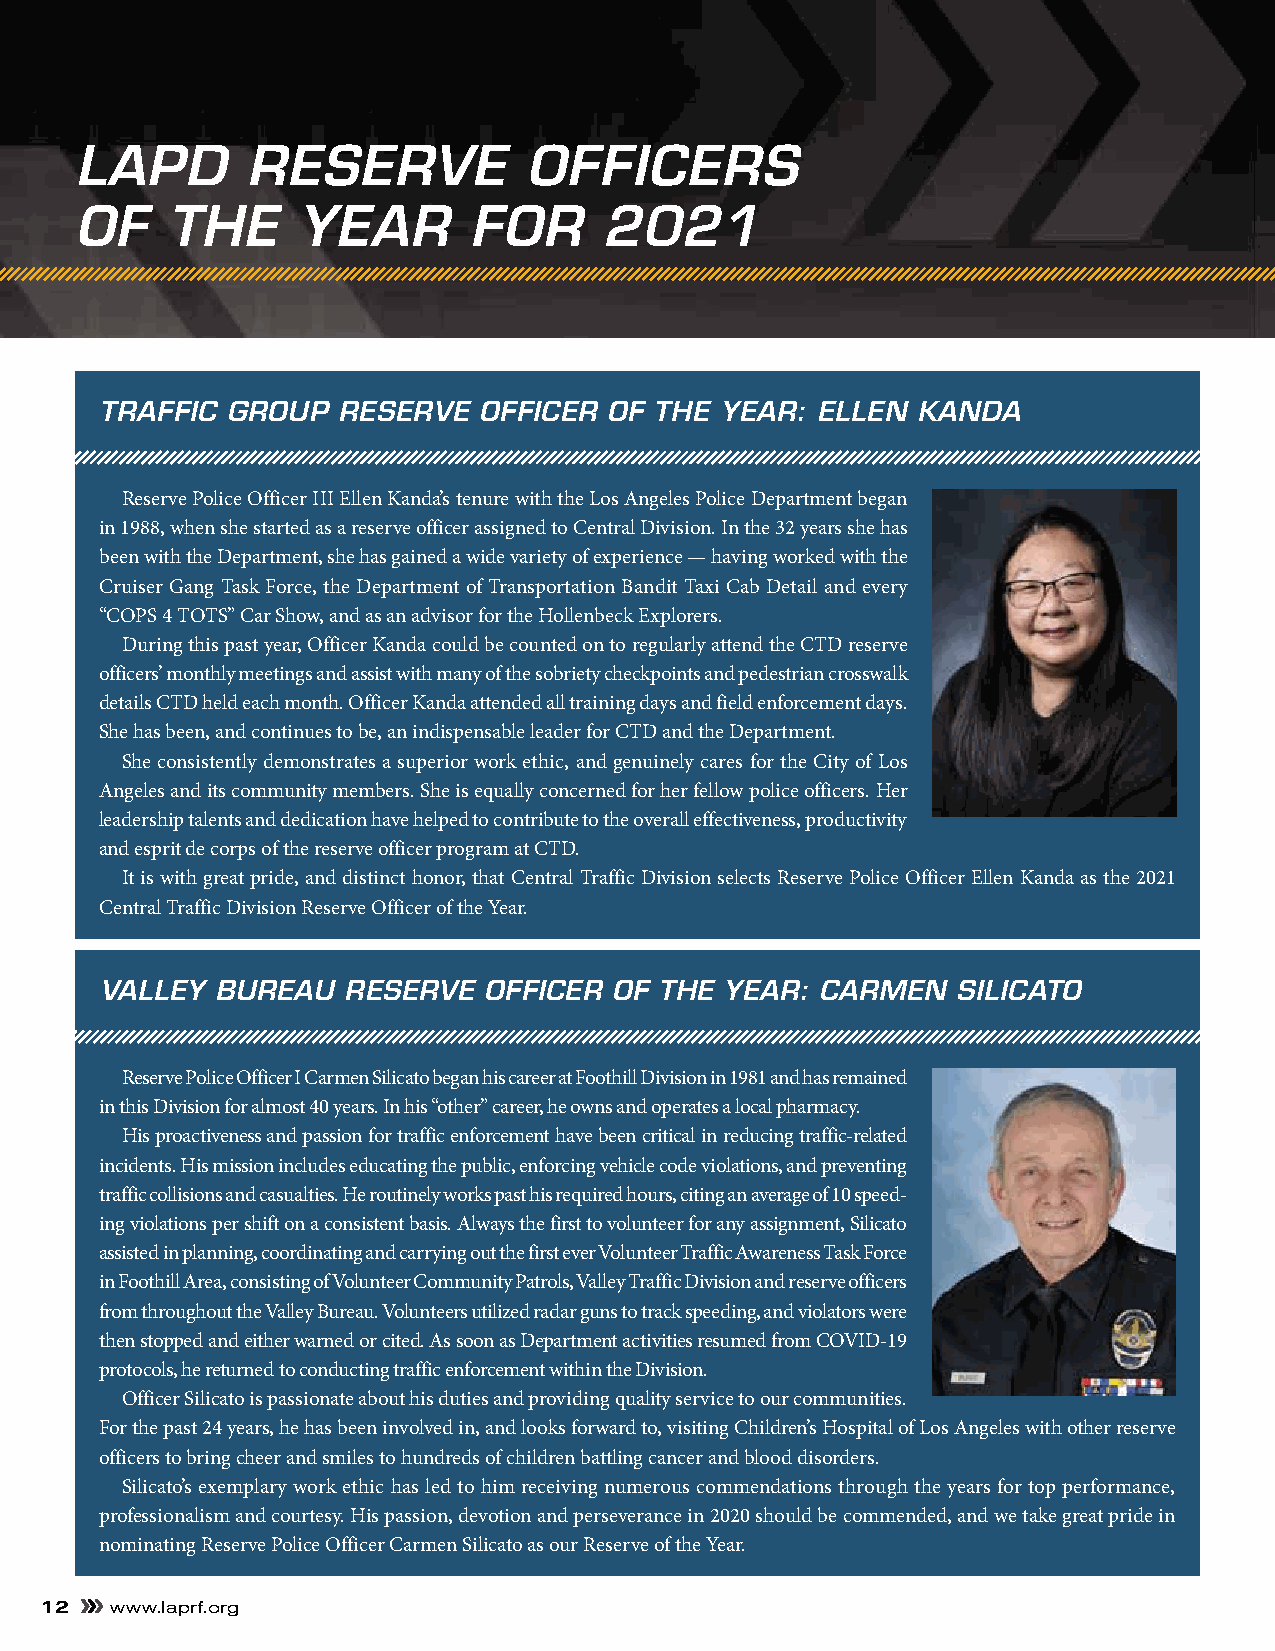
LAPD       RESERVE            OFFICERS
 OF    THE      YEAR       FOR      2021
 TRAFFIC GROUP  RESERVE   OFFICER OF THE  YEAR: ELLEN  KANDA
 Reserve Police Officer III Ellen Kanda’s tenure with the Los Angeles Police Department began
 in 1988, when she started as a reserve officer assigned to Central Division. In the 32 years she has
 been with the Department, she has gained a wide variety of experience — having worked with the
 Cruiser Gang Task Force, the Department of Transportation Bandit Taxi Cab Detail and every
 “COPS 4 TOTS” Car Show, and as an advisor for the Hollenbeck Explorers.
 During this past year, Officer Kanda could be counted on to regularly attend the CTD reserve
 officers’ monthly meetings and assist with many of the sobriety checkpoints and pedestrian crosswalk
 details CTD held each month. Officer Kanda attended all training days and field enforcement days.
 She has been, and continues to be, an indispensable leader for CTD and the Department.
 She consistently demonstrates a superior work ethic, and genuinely cares for the City of Los
 Angeles and its community members. She is equally concerned for her fellow police officers. Her
 leadership talents and dedication have helped to contribute to the overall effectiveness, productivity
 and esprit de corps of the reserve officer program at CTD.
 It is with great pride, and distinct honor, that Central Traffic Division selects Reserve Police Officer Ellen Kanda as the 2021
 Central Traffic Division Reserve Officer of the Year.
 VALLEY BUREAU   RESERVE  OFFICER  OF THE YEAR: CARMEN   SILICATO
 Reserve Police Officer I Carmen Silicato began his career at Foothill Division in 1981 and has remained
 in this Division for almost 40 years. In his “other” career, he owns and operates a local pharmacy.
 His proactiveness and passion for traffic enforcement have been critical in reducing traffic-related
 incidents. His mission includes educating the public, enforcing vehicle code violations, and preventing
 traffic collisions and casualties. He routinely works past his required hours, citing an average of 10 speed-
 ing violations per shift on a consistent basis. Always the first to volunteer for any assignment, Silicato
 assisted in planning, coordinating and carrying out the first ever Volunteer Traffic Awareness Task Force
 in Foothill Area, consisting of Volunteer Community Patrols, Valley Traffic Division and reserve officers
 from throughout the Valley Bureau. Volunteers utilized radar guns to track speeding, and violators were
 then stopped and either warned or cited. As soon as Department activities resumed from COVID-19
 protocols, he returned to conducting traffic enforcement within the Division.
 Officer Silicato is passionate about his duties and providing quality service to our communities.
 For the past 24 years, he has been involved in, and looks forward to, visiting Children’s Hospital of Los Angeles with other reserve
 officers to bring cheer and smiles to hundreds of children battling cancer and blood disorders.
 Silicato’s exemplary work ethic has led to him receiving numerous commendations through the years for top performance,
 professionalism and courtesy. His passion, devotion and perseverance in 2020 should be commended, and we take great pride in
 nominating Reserve Police Officer Carmen Silicato as our Reserve of the Year.
 12  www.laprf.org